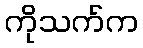
ကိုသက်က